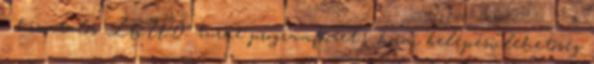
- hivatalos "LOUD" turné programfüzet - korai belépési lehetőség